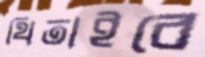
থিতাইবে